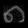
Digit: ၈